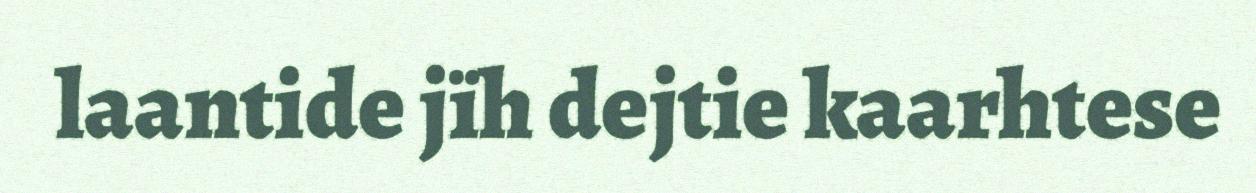
laantide jïh dejtie kaarhtese